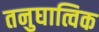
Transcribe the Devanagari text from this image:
तनुघात्विक